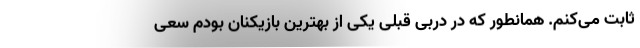
ثابت می‌کنم. همانطور که در دربی قبلی یکی از بهترین بازیکنان بودم سعی